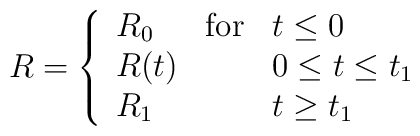
R = \left\{ \begin{array}{lll}R_0 & \mbox{for} & t \leq 0 \\R(t) & & 0\leq t\leq t_1 \\R_1 &  & t \geq t_1 \end{array}\right.